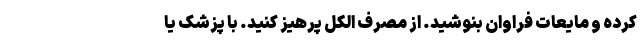
کرده و مایعات فراوان بنوشید. از مصرف الکل پرهیز کنید. با پزشک یا